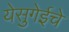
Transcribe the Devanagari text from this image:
येसुगेईचे